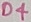
Text: D4